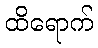
ထိရောက်